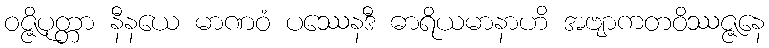
ဝဇ္ဇိပုတ္တာ နီနယေ မာဏဝံ ပဿေနဒီ ဓာရိယမာနာဟိ အဗျာကတဝိဿဇ္ဇနေ